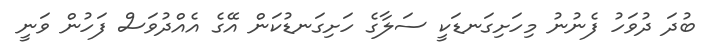
ބުދަ ދުވަހު ފެނުނު މިހަށިގަނޑަކީ ސަލާގެ ހަށިގަނޑުކަން އޭގެ އެއްދުވަސް ފަހުން ވަނީ